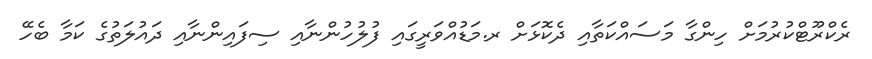
ރެކްރޫޓްކުރުމަށް ހިންގާ މަސައްކަތާއި ދެކޮޅަށް ރ.މަޑުއްވަރީގައި ފުލުހުންނާއި ސިފައިންނާއި ދައުލަތުގެ ކަމާ ބެހޭ